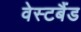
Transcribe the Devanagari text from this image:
वेस्टबैंड